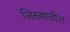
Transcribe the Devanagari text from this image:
जिख्यातील